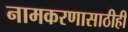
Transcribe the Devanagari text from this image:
नामकरणासाठीही